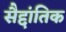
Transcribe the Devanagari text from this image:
सैद्दांतिक